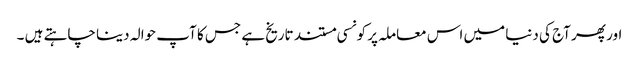
اور پھر آج کی دنیا میں اس معاملہ پر کونسی مستند تاریخ ہے جس کا آپ حوالہ دینا چاہتے ہیں ۔